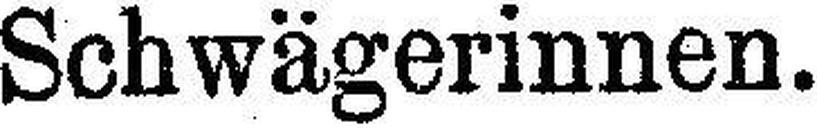
Schwägerinnen.